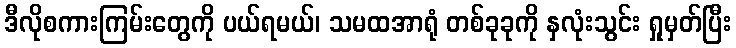
ဒီလိုစကားကြမ်းတွေကို ပယ်ရမယ်၊ သမထအာရုံ တစ်ခုခုကို နှလုံးသွင်း ရှုမှတ်ပြီး